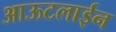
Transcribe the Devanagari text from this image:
आऊटलाईन